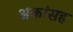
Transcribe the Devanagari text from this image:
अंकांसह